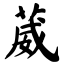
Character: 葳